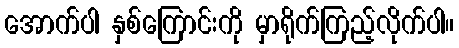
အောက်ပါ နှစ်ကြောင်းကို မှာရိုက်ကြည့်လိုက်ပါ။